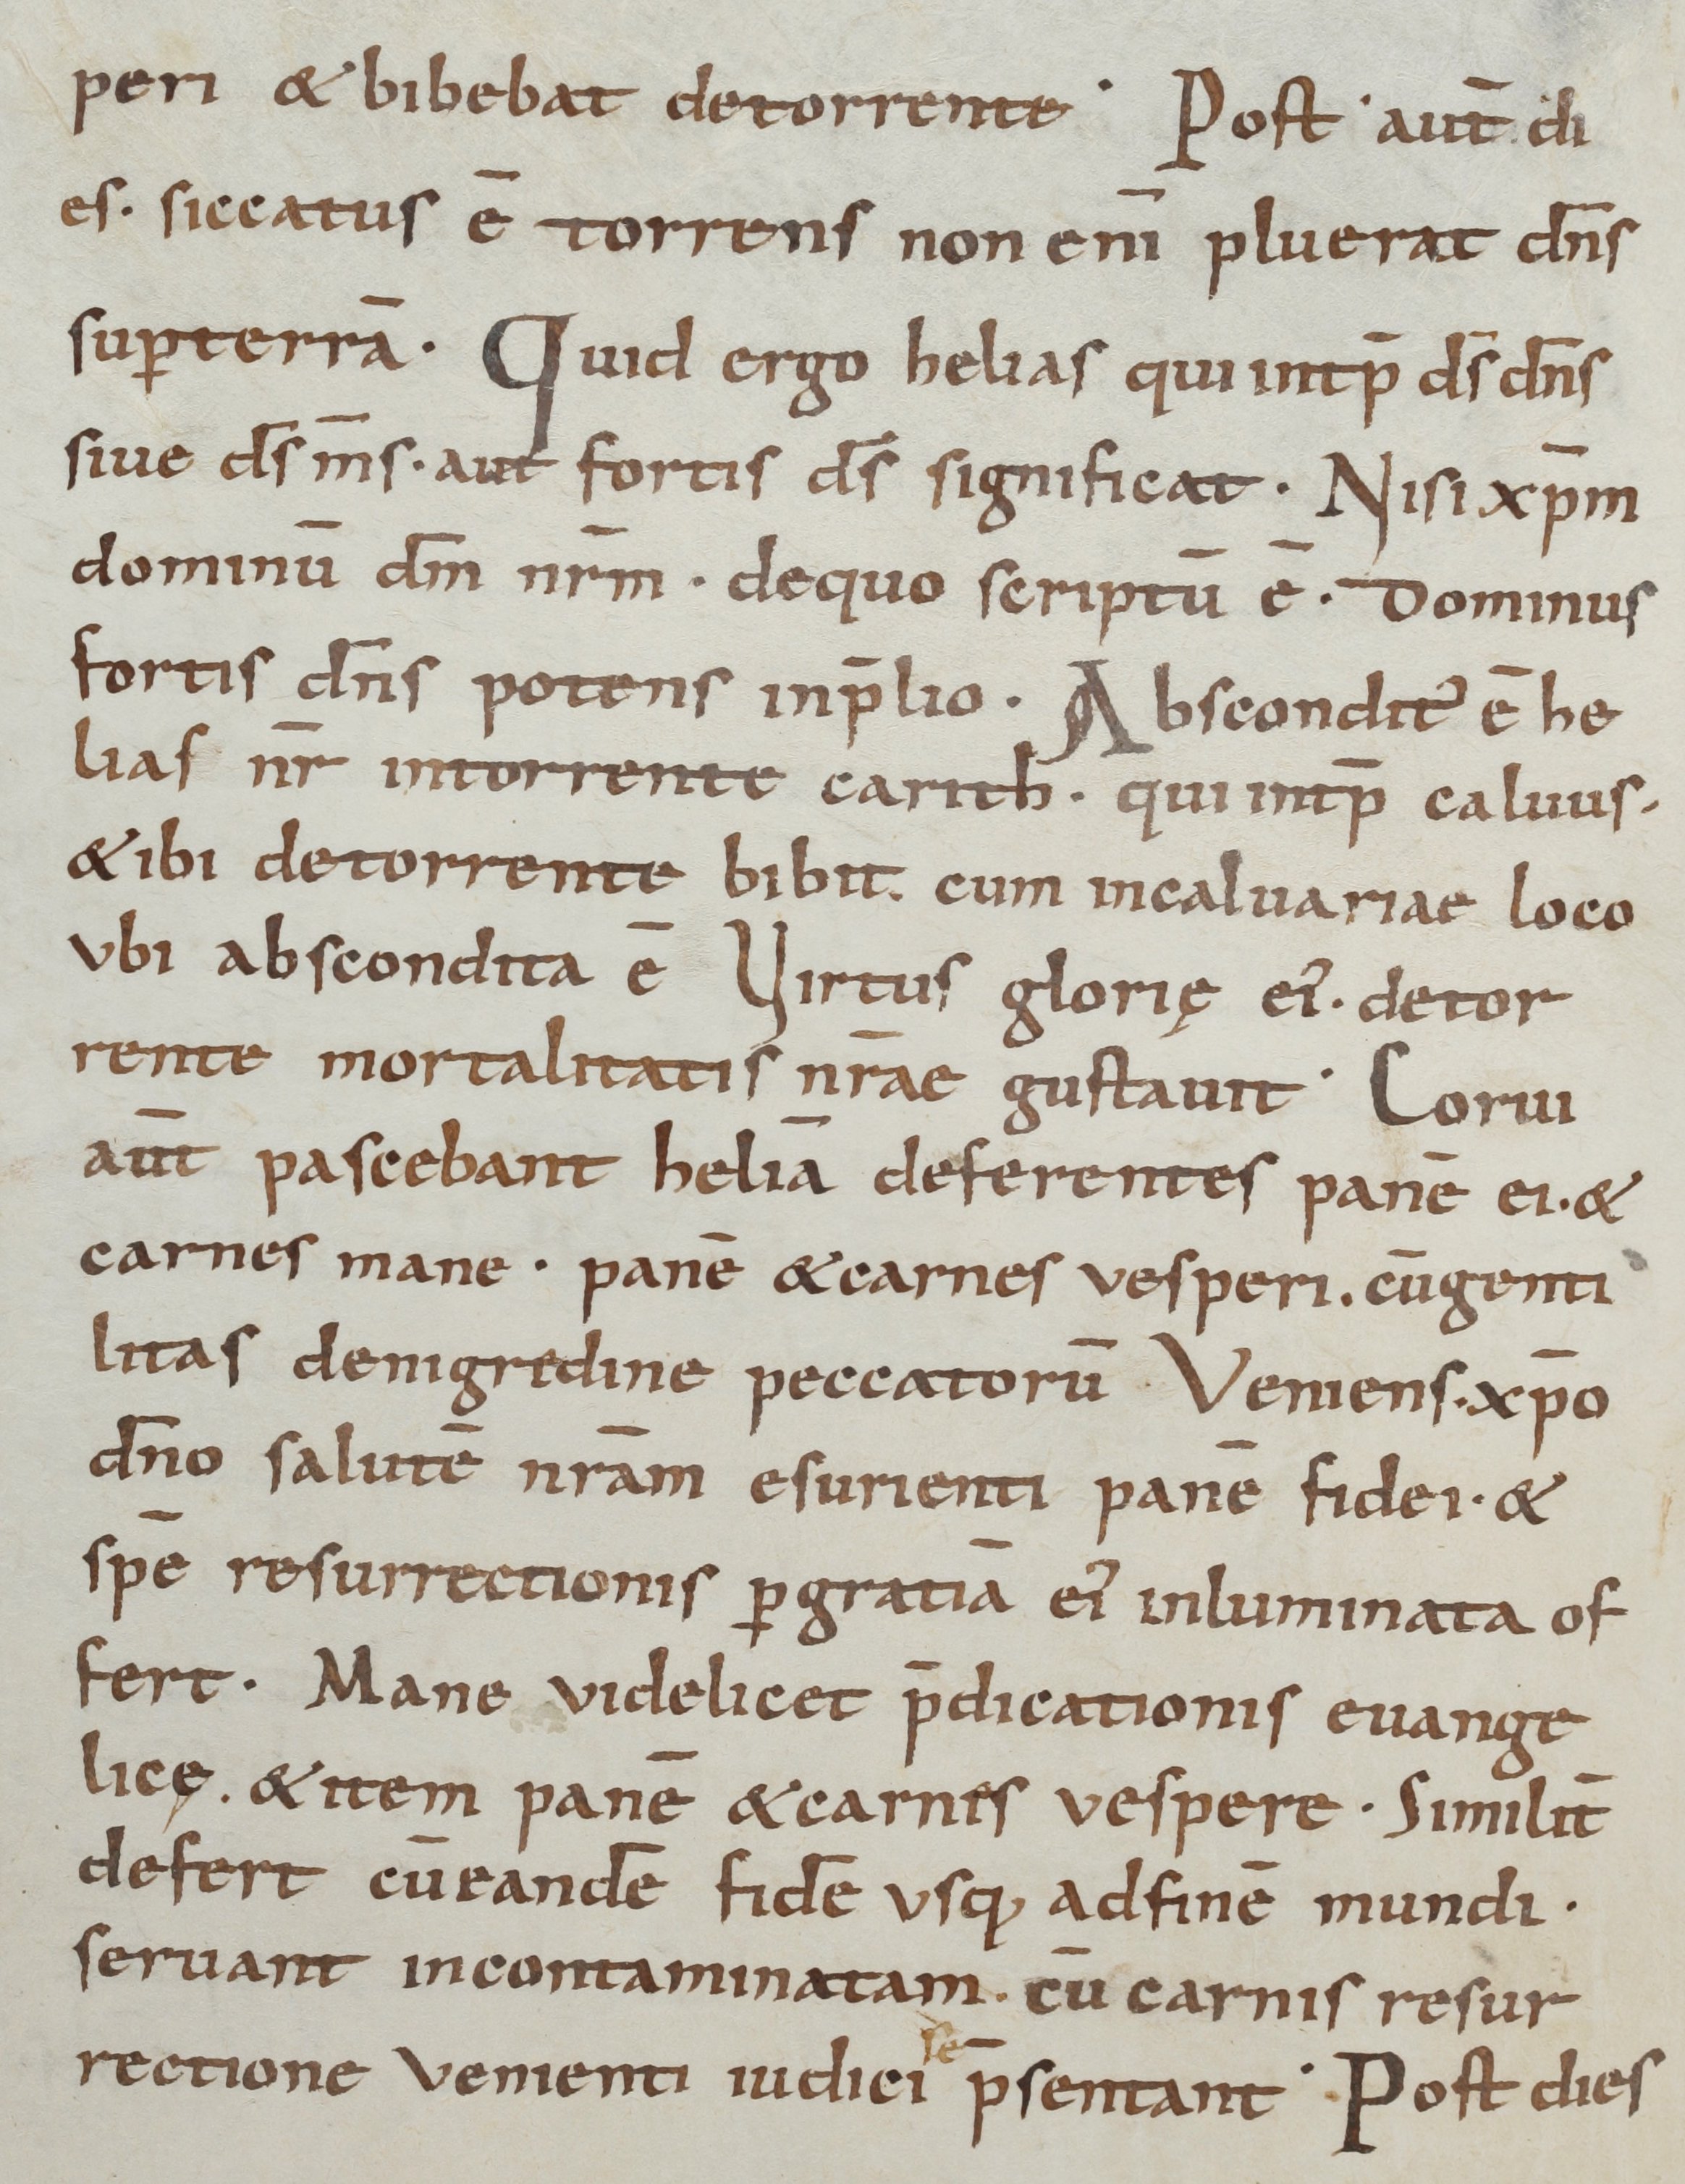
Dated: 800–899